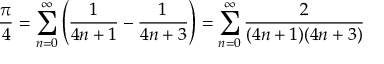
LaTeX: { \frac { \pi } { 4 } } = \sum _ { n = 0 } ^ { \infty } \left( { \frac { 1 } { 4 n + 1 } } - { \frac { 1 } { 4 n + 3 } } \right) = \sum _ { n = 0 } ^ { \infty } { \frac { 2 } { ( 4 n + 1 ) ( 4 n + 3 ) } }